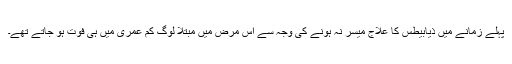
پہلے زمانے میں ذیابیطس کا علاج میسر نہ ہونے کی وجہ سے اس مرض میں مبتلا لوگ کم عمری میں ہی فوت ہو جاتے تھے۔